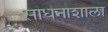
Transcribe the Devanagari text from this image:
साधनाशाला